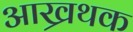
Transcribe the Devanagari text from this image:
आख्रथक